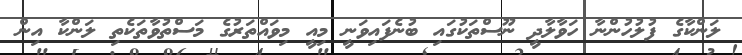
ލަންކާގެ ފުލުހުންނާ ހަވާލާދީ ނޫސްތަކުގައި ބުނެފައިވަނީ މިއީ މިވައްތަރުގެ މަސްތުވާތަކެތި ލަންކާ އިން